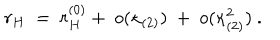
r _ { H } \ = \ r _ { H } ^ { ( 0 ) } + \ o ( \kappa _ { ( 2 ) } ) \ + \ o ( \kappa _ { ( 2 ) } ^ { 2 } ) \ .